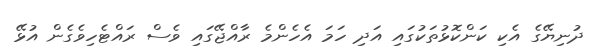
ދުނިޔޭގެ އެކި ކަންކޮޅުތަކުގައި އަދި ހަމަ އެހެންމެ ރާއްޖޭގައި ވެސް ރައްޓެހިވެގެން އުޅޭ